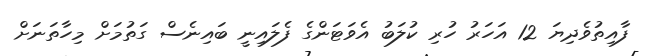
ފާއިތުވެދިޔަ 12 އަހަރު ހުރި ކުލަބު އެވަޓަންގެ ފެލައިނީ ބައިނެސް ގަތުމަށް މިހާތަނަށް